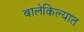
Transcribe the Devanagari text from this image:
बालेकिल्यात